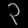
Digit: ၃